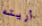
أريته